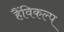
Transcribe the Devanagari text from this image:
हैंविकल्प